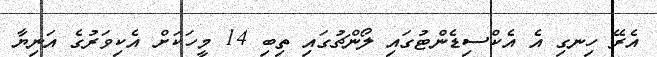
އެރޭ ހިނގި އެ އެކްސިޑެންޓުގައި ލޯންޗުގައި ތިބި 14 މީހަކަށް އެކިވަރުގެ އަނިޔާ